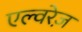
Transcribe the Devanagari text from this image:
एल्वरेज़